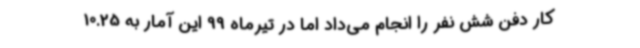
کار دفن شش نفر را انجام می‌داد اما در تیرماه 99 این آمار به 10.25